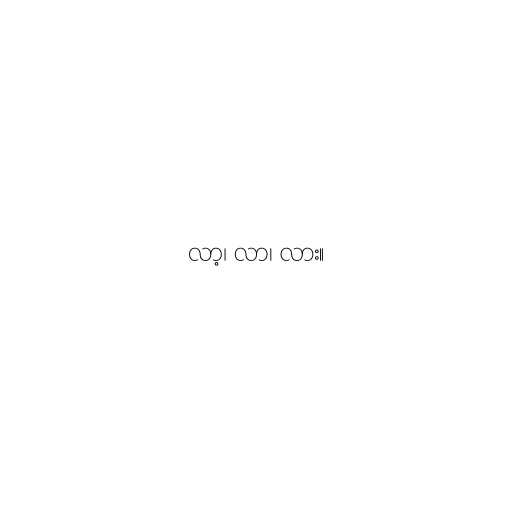
လာ့၊ လာ၊ လား။